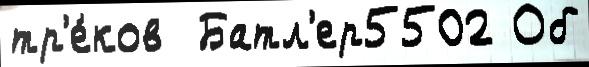
тр'е́ков  Батл'ер5502 Об